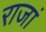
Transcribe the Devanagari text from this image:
राजां